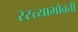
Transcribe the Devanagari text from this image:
रस्त्याभोवती